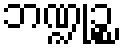
ဘဏ္ဍုဉ္စ